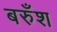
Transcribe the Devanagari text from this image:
बरुँश